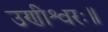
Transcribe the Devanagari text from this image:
उणीश्वरः॥